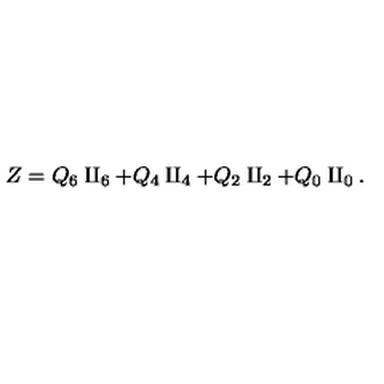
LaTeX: Z = Q _ { 6 } \amalg _ { 6 } + Q _ { 4 } \amalg _ { 4 } + Q _ { 2 } \amalg _ { 2 } + Q _ { 0 } \amalg _ { 0 } .